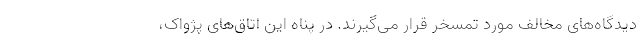
دیدگاه‌های مخالف مورد تمسخر قرار می‌گیرند. در پناه این اتاق‌های پژواک،